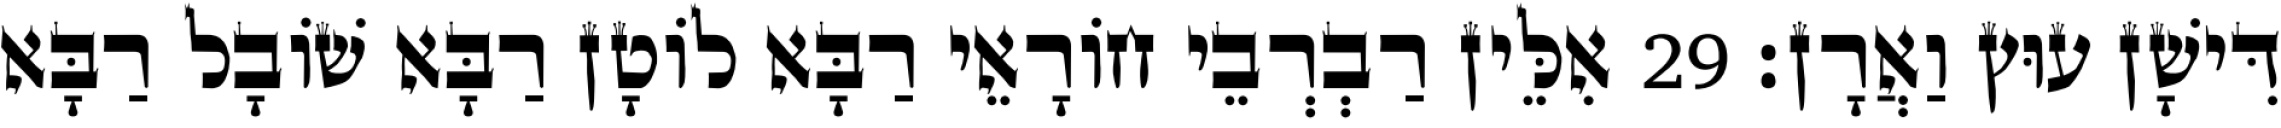
דִּישָׁן עוּץ וַאֲרָן׃ 29 אִלֵּין רַבְרְבֵי חוֹרָאֵי רַבָּא לוֹטָן רַבָּא שׁוֹבָל רַבָּא